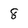
Character: 8